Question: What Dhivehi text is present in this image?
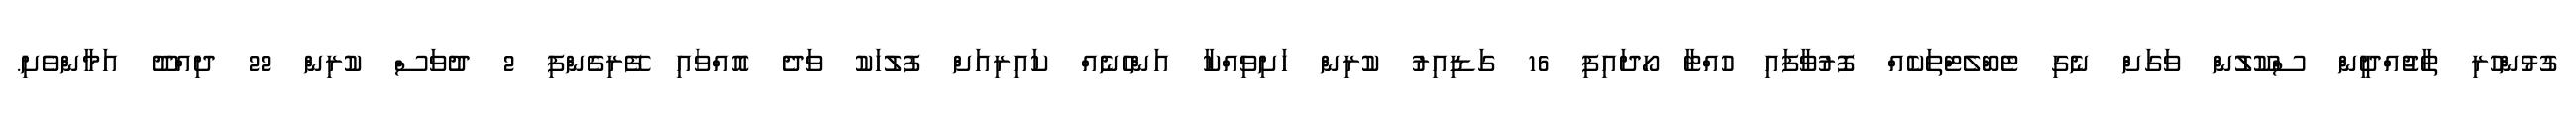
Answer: ގުޅުންހުރި ތާޖުއްދީން ސްކޫލުުން ވަގަށް ނެގި ޓެބްލެޓްތަކެއް ފޮރުވާފައި ހުއްޓާ ހޯދައިފި 16 ގަޑިއިރު ކުރިން ހަށިވިއްކާ އަންހެނެއް ކައިރިއަށް ފުލުހަކު ވަދެ އޮއްވައި ފޭރިގެންފި 2 ދުވަސް ކުރިން 22 ދިއްދޫ އަމާންވެށި.